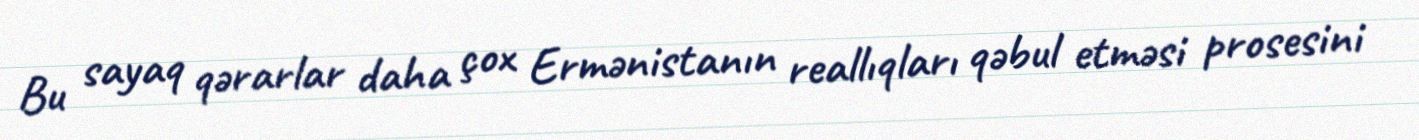
Bu sayaq qərarlar daha çox Ermənistanın reallıqları qəbul etməsi prosesini